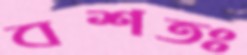
বশতঃ